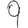
Digit: 9